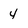
Character: 4